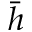
\bar { h }